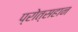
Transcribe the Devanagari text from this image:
प्रोत्सहान